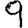
Digit: 9